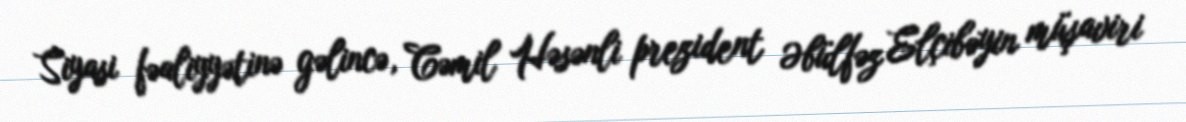
Siyasi fəaliyyətinə gəlincə, Cəmil Həsənli prezident Əbülfəz Elçibəyin müşaviri